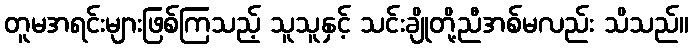
တူမအရင်းများဖြစ်ကြသည့် သူသူနှင့် သင်းချိုတို့ညီအစ်မလည်း သိသည်။